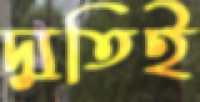
দ্যুতিই